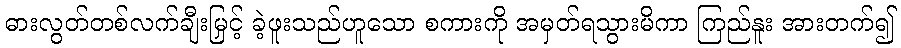
ဓားလွတ်တစ်လက်ချီးမြှင့် ခဲ့ဖူးသည်ဟူသော စကားကို အမှတ်ရသွားမိကာ ကြည်နူး အားတက်၍